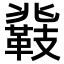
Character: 𮧤